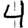
Digit: 4